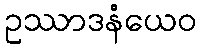
ဥဿာဒနံယေဝ